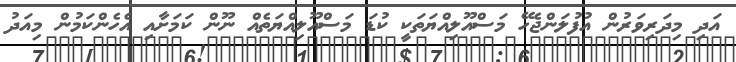
އަދި މިދަރިވަރުން އުފުލަންޖެހޭ މަސްއޫލިއްޔަތަކީ ކުޑަ މަސްއޫލިއްޔަތެއް ނޫން ކަމަށާއި އެހެންކަމުން މިއަދު